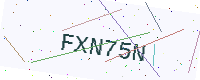
Text: FXN75N